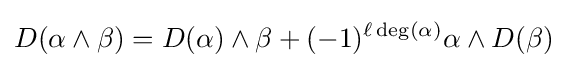
D(\alpha \wedge \beta )=D(\alpha )\wedge \beta +(-1)^{\ell \deg(\alpha )}\alpha \wedge D(\beta )